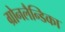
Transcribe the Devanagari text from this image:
ग्रोनलैन्डिका